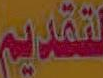
لتقديم